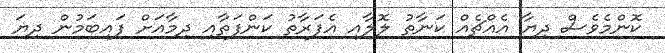
ކޮންމެވެސް ދިޔާ އެއްޗެއް ކަނާތު ލޮލާއި އެފަރާތު ކަންފަތާއި ދިމާއަށް ފައިބަމުން ދިޔަ